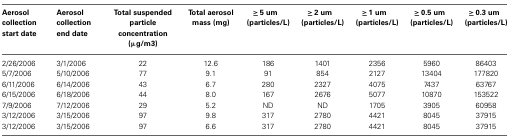
<table><thead><tr><td><b>Aerosol collection start date</b></td><td><b>Aerosol collection end date</b></td><td><b>Total suspended particle concentration (μg/m3)</b></td><td><b>Total aerosol mass (mg)</b></td><td><b>≥ 5 um (particles/L)</b></td><td><b>≥ 2 um (particles/L)</b></td><td><b>≥ 1 um (particles/L)</b></td><td><b>≥ 0.5 um (particles/L)</b></td><td><b>≥ 0.3 um (particles/L)</b></td></tr></thead><tbody><tr><td>2/26/2006</td><td>3/1/2006</td><td>22</td><td>12.6</td><td>186</td><td>1401</td><td>2356</td><td>5960</td><td>86403</td></tr><tr><td>5/7/2006</td><td>5/10/2006</td><td>77</td><td>9.1</td><td>91</td><td>854</td><td>2127</td><td>13404</td><td>177820</td></tr><tr><td>6/11/2006</td><td>6/14/2006</td><td>43</td><td>6.7</td><td>280</td><td>2327</td><td>4075</td><td>7437</td><td>63767</td></tr><tr><td>6/15/2006</td><td>6/18/2006</td><td>44</td><td>8.0</td><td>167</td><td>2676</td><td>5077</td><td>10870</td><td>153522</td></tr><tr><td>7/9/2006</td><td>7/12/2006</td><td>29</td><td>5.2</td><td>ND</td><td>ND</td><td>1705</td><td>3905</td><td>60958</td></tr><tr><td>3/12/2006</td><td>3/15/2006</td><td>97</td><td>9.8</td><td>317</td><td>2780</td><td>4421</td><td>8045</td><td>37915</td></tr><tr><td>3/12/2006</td><td>3/15/2006</td><td>97</td><td>6.6</td><td>317</td><td>2780</td><td>4421</td><td>8045</td><td>37915</td></tr></tbody></table>